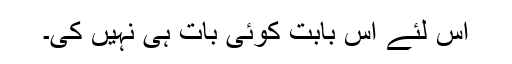
اس لئے اس بابت کوئی بات ہی نہیں کی۔